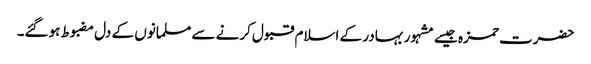
حضرت حمزہ جیسے مشہور بہادر کے اسلام قبول کرنے سے مسلمانوں کے دل مضبوط ہوگئے۔